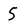
Character: 5